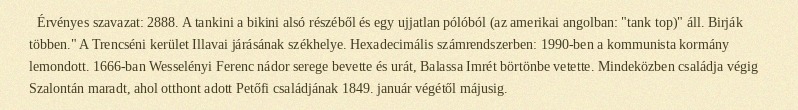
Érvényes szavazat: 2888. A tankini a bikini alsó részéből és egy ujjatlan pólóból (az amerikai angolban: "tank top)" áll. Birják többen." A Trencséni kerület Illavai járásának székhelye. Hexadecimális számrendszerben: 1990-ben a kommunista kormány lemondott. 1666-ban Wesselényi Ferenc nádor serege bevette és urát, Balassa Imrét börtönbe vetette. Mindeközben családja végig Szalontán maradt, ahol otthont adott Petőfi családjának 1849. január végétől májusig.